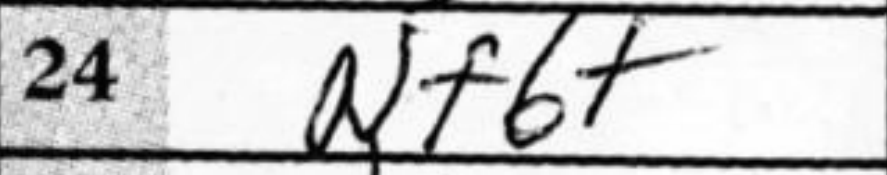
Transcription: Nf6+